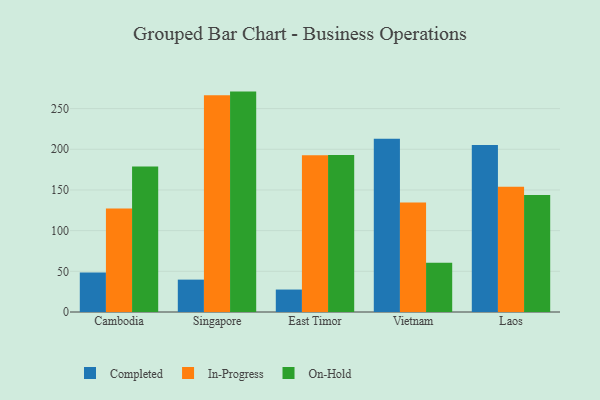
{"axis": {"x": "Country", "y": "LTV (USD)"}, "legend": ["Completed", "In-Progress", "On-Hold"], "data": [{"x": "Cambodia", "y": 48.5, "type": "Completed"}, {"x": "Cambodia", "y": 127.2, "type": "In-Progress"}, {"x": "Cambodia", "y": 178.9, "type": "On-Hold"}, {"x": "Singapore", "y": 39.8, "type": "Completed"}, {"x": "Singapore", "y": 266.5, "type": "In-Progress"}, {"x": "Singapore", "y": 270.9, "type": "On-Hold"}, {"x": "East Timor", "y": 27.6, "type": "Completed"}, {"x": "East Timor", "y": 192.6, "type": "In-Progress"}, {"x": "East Timor", "y": 193.0, "type": "On-Hold"}, {"x": "Vietnam", "y": 213.1, "type": "Completed"}, {"x": "Vietnam", "y": 134.5, "type": "In-Progress"}, {"x": "Vietnam", "y": 60.4, "type": "On-Hold"}, {"x": "Laos", "y": 205.3, "type": "Completed"}, {"x": "Laos", "y": 154.0, "type": "In-Progress"}, {"x": "Laos", "y": 143.9, "type": "On-Hold"}]}